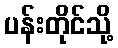
ပန်းတိုင်သို့